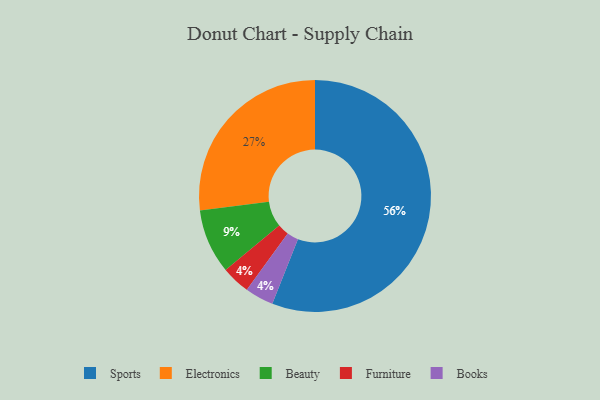
{"axis": {"x": "Category", "y": "Percentage"}, "legend": ["Beauty", "Books", "Electronics", "Furniture", "Sports"], "data": [{"x": "Furniture", "y": 4, "type": "Furniture"}, {"x": "Books", "y": 4, "type": "Books"}, {"x": "Sports", "y": 56, "type": "Sports"}, {"x": "Electronics", "y": 27, "type": "Electronics"}, {"x": "Beauty", "y": 9, "type": "Beauty"}]}